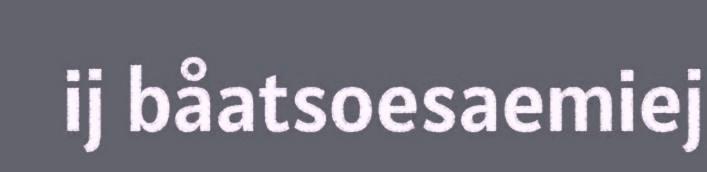
ij båatsoesaemiej